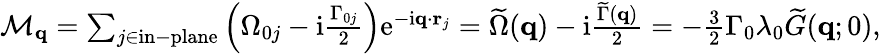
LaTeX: \begin{array}{r}{\mathcal{M}_{\mathbf{q}}=\sum_{j\in\mathrm{in-plane}}\left(\Omega_{0j}-\mathrm{i}\frac{\Gamma_{0j}}{2}\right)\mathrm{e}^{-\mathrm{i}\mathbf{q}\cdot\mathbf{r}_{j}}=\widetilde\Omega(\mathbf{q})-\mathrm{i}\frac{\widetilde\Gamma(\mathbf{q})}{2}=-\frac{3}{2}\Gamma_{0}\lambda_{0}\widetilde G(\mathbf{q};0),}\end{array}